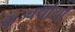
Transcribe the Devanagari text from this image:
कृज्वर्थायाँ